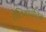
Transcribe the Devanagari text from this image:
हेलियोपोलिस